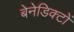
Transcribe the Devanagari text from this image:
बेनेडिक्टों